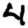
Digit: 4